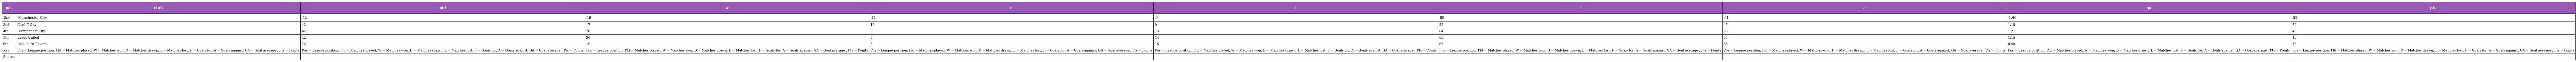
| pos | club | pld | w | d | l | f | a | ga | pts |
 | --- | --- | --- | --- | --- | --- | --- | --- | --- | --- |
 | 2nd | Manchester City | 42 | 19 | 14 | 9 | 89 | 61 | 1.46 | 52 |
 | 3rd | Cardiff City | 42 | 17 | 16 | 9 | 53 | 45 | 1.18 | 50 |
 | 4th | Birmingham City | 42 | 20 | 9 | 13 | 64 | 53 | 1.21 | 49 |
 | 5th | Leeds United | 42 | 20 | 8 | 14 | 63 | 55 | 1.15 | 48 |
 | 6th | Blackburn Rovers | 42 | 19 | 8 | 15 | 65 | 66 | 0.98 | 46 |
 | Key | Pos = League position; Pld = Matches played; W = Matches won; D = Matches drawn; L = Matches lost; F = Goals for; A = Goals against; GA = Goal average ; Pts = Points | Pos = League position; Pld = Matches played; W = Matches won; D = Matches drawn; L = Matches lost; F = Goals for; A = Goals against; GA = Goal average ; Pts = Points | Pos = League position; Pld = Matches played; W = Matches won; D = Matches drawn; L = Matches lost; F = Goals for; A = Goals against; GA = Goal average ; Pts = Points | Pos = League position; Pld = Matches played; W = Matches won; D = Matches drawn; L = Matches lost; F = Goals for; A = Goals against; GA = Goal average ; Pts = Points | Pos = League position; Pld = Matches played; W = Matches won; D = Matches drawn; L = Matches lost; F = Goals for; A = Goals against; GA = Goal average ; Pts = Points | Pos = League position; Pld = Matches played; W = Matches won; D = Matches drawn; L = Matches lost; F = Goals for; A = Goals against; GA = Goal average ; Pts = Points | Pos = League position; Pld = Matches played; W = Matches won; D = Matches drawn; L = Matches lost; F = Goals for; A = Goals against; GA = Goal average ; Pts = Points | Pos = League position; Pld = Matches played; W = Matches won; D = Matches drawn; L = Matches lost; F = Goals for; A = Goals against; GA = Goal average ; Pts = Points | Pos = League position; Pld = Matches played; W = Matches won; D = Matches drawn; L = Matches lost; F = Goals for; A = Goals against; GA = Goal average ; Pts = Points |
 | Source |  |  |  |  |  |  |  |  |  |